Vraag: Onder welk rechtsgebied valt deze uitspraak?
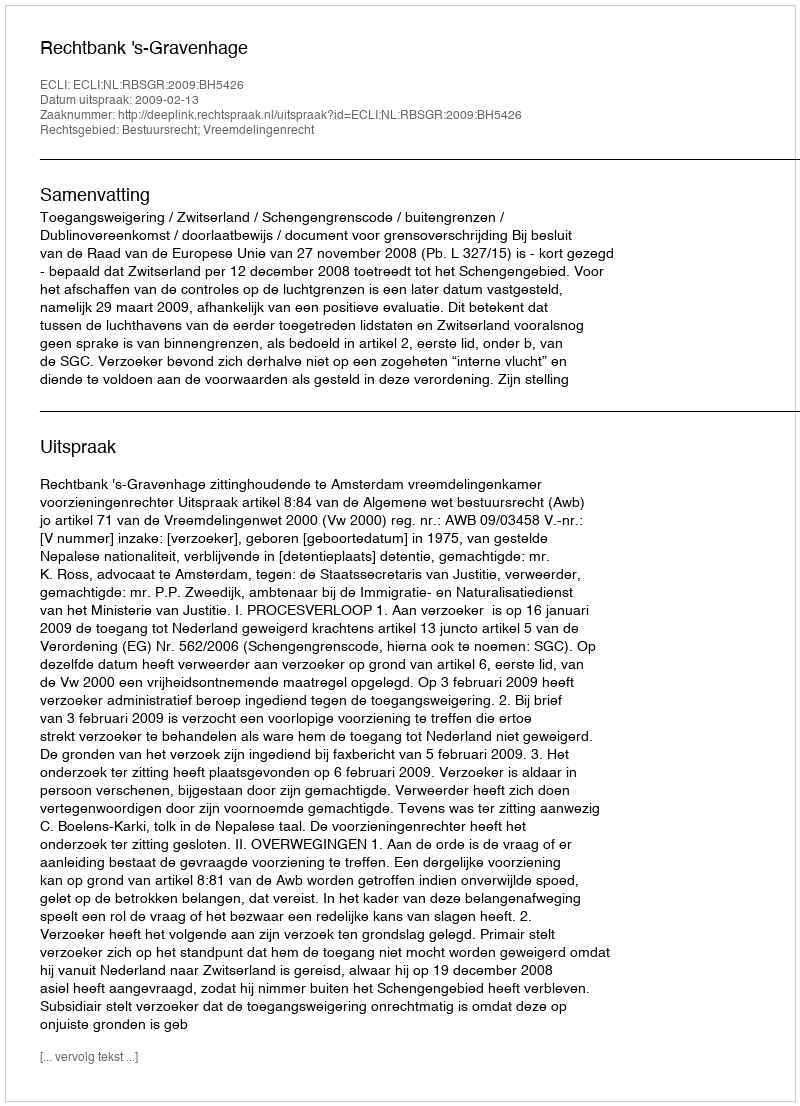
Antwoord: Bestuursrecht; Vreemdelingenrecht